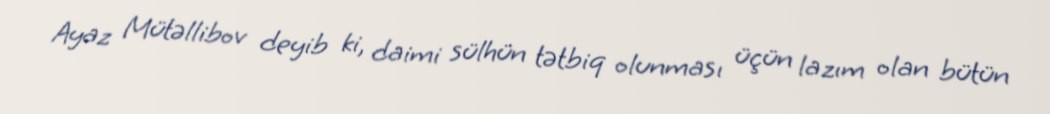
Ayaz Mütəllibov deyib ki, daimi sülhün tətbiq olunması üçün lazım olan bütün